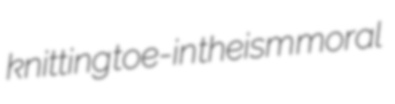
knitting toe-in theism moral